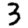
Digit: 3